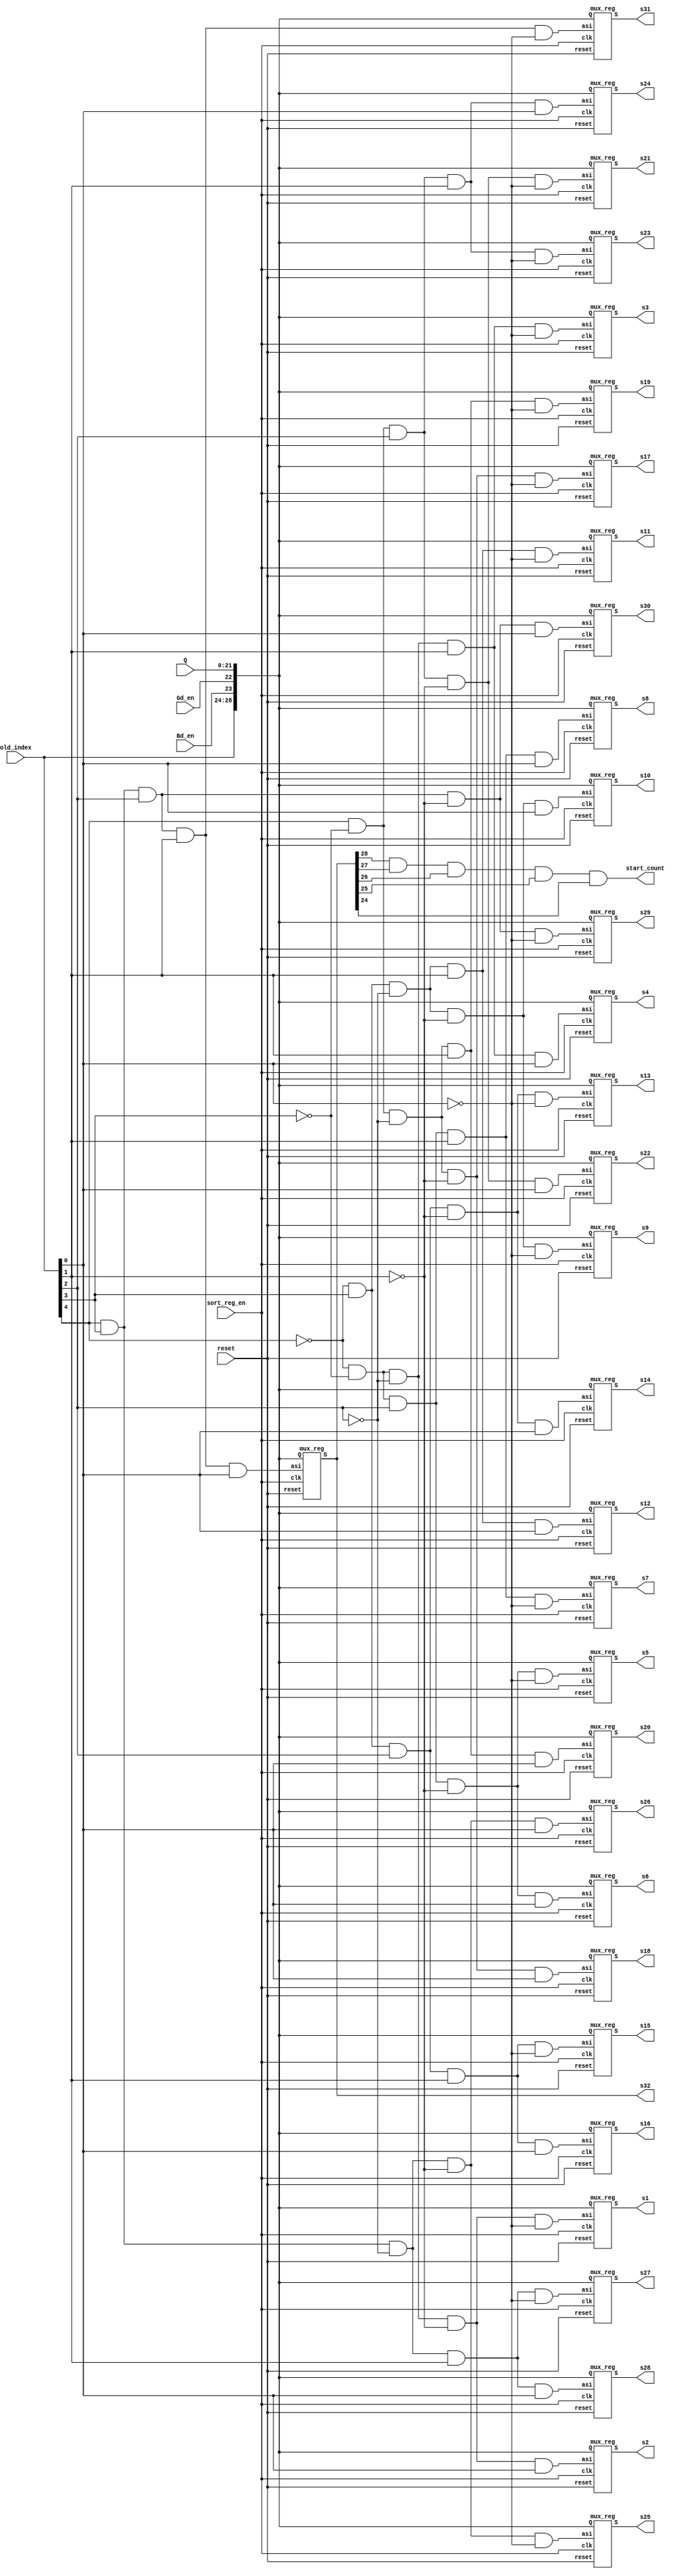
module sort_reg (old_index, Q, Gd_en, Bd_en, sort_reg_en, reset, s1, s2, s3, s4, s5, s6, s7, s8, s9, s10, s11, s12, s13, s14, s15, s16, s17, s18, s19, s20, s21, s22, s23, s24, s25, s26, s27, s28, s29, s30, s31, s32, start_count);

  input [4:0]  old_index;
  input Gd_en, Bd_en;
  input [21:0] Q;
  input sort_reg_en, reset;
  
  output [28:0] s1, s2, s3, s4, s5, s6, s7, s8, s9, s10, s11, s12, s13, s14, s15, s16, s17, s18, s19, s20, s21, s22, s23, s24, s25, s26, s27, s28, s29, s30, s31, s32;
  output start_count;

  wire [31:0] asi;
  wire [1:0] c;

  // decoder: average strength need to save at which place
  assign asi[0] =~old_index[4]&~old_index[3]&~old_index[2]&~old_index[1]&~old_index[0];
  assign asi[1] =~old_index[4]&~old_index[3]&~old_index[2]&~old_index[1]& old_index[0];
  assign asi[2] =~old_index[4]&~old_index[3]&~old_index[2]& old_index[1]&~old_index[0];
  assign asi[3] =~old_index[4]&~old_index[3]&~old_index[2]& old_index[1]& old_index[0];
  assign asi[4] =~old_index[4]&~old_index[3]& old_index[2]&~old_index[1]&~old_index[0];
  assign asi[5] =~old_index[4]&~old_index[3]& old_index[2]&~old_index[1]& old_index[0];
  assign asi[6] =~old_index[4]&~old_index[3]& old_index[2]& old_index[1]&~old_index[0];
  assign asi[7] =~old_index[4]&~old_index[3]& old_index[2]& old_index[1]& old_index[0];
  assign asi[8] =~old_index[4]& old_index[3]&~old_index[2]&~old_index[1]&~old_index[0];
  assign asi[9] =~old_index[4]& old_index[3]&~old_index[2]&~old_index[1]& old_index[0];
  assign asi[10]=~old_index[4]& old_index[3]&~old_index[2]& old_index[1]&~old_index[0];
  assign asi[11]=~old_index[4]& old_index[3]&~old_index[2]& old_index[1]& old_index[0];
  assign asi[12]=~old_index[4]& old_index[3]& old_index[2]&~old_index[1]&~old_index[0];
  assign asi[13]=~old_index[4]& old_index[3]& old_index[2]&~old_index[1]& old_index[0];
  assign asi[14]=~old_index[4]& old_index[3]& old_index[2]& old_index[1]&~old_index[0];
  assign asi[15]=~old_index[4]& old_index[3]& old_index[2]& old_index[1]& old_index[0];
  assign asi[16]= old_index[4]&~old_index[3]&~old_index[2]&~old_index[1]&~old_index[0];
  assign asi[17]= old_index[4]&~old_index[3]&~old_index[2]&~old_index[1]& old_index[0];
  assign asi[18]= old_index[4]&~old_index[3]&~old_index[2]& old_index[1]&~old_index[0];
  assign asi[19]= old_index[4]&~old_index[3]&~old_index[2]& old_index[1]& old_index[0];
  assign asi[20]= old_index[4]&~old_index[3]& old_index[2]&~old_index[1]&~old_index[0];
  assign asi[21]= old_index[4]&~old_index[3]& old_index[2]&~old_index[1]& old_index[0];
  assign asi[22]= old_index[4]&~old_index[3]& old_index[2]& old_index[1]&~old_index[0];
  assign asi[23]= old_index[4]&~old_index[3]& old_index[2]& old_index[1]& old_index[0];
  assign asi[24]= old_index[4]& old_index[3]&~old_index[2]&~old_index[1]&~old_index[0];
  assign asi[25]= old_index[4]& old_index[3]&~old_index[2]&~old_index[1]& old_index[0];
  assign asi[26]= old_index[4]& old_index[3]&~old_index[2]& old_index[1]&~old_index[0];
  assign asi[27]= old_index[4]& old_index[3]&~old_index[2]& old_index[1]& old_index[0];
  assign asi[28]= old_index[4]& old_index[3]& old_index[2]&~old_index[1]&~old_index[0];
  assign asi[29]= old_index[4]& old_index[3]& old_index[2]&~old_index[1]& old_index[0];
  assign asi[30]= old_index[4]& old_index[3]& old_index[2]& old_index[1]&~old_index[0];
  assign asi[31]= old_index[4]& old_index[3]& old_index[2]& old_index[1]& old_index[0];
  
  assign c[0]=Gd_en;
  assign c[1]=Bd_en;

  // enable=1 -> A(new strength) | enable=0 -> B(old strength)
  mux_reg a1({old_index, c, Q}, asi[0], sort_reg_en, reset, s1);
  mux_reg a2({old_index, c, Q}, asi[1], sort_reg_en, reset, s2);
  mux_reg a3({old_index, c, Q}, asi[2], sort_reg_en, reset, s3);
  mux_reg a4({old_index, c, Q}, asi[3], sort_reg_en, reset, s4);
  mux_reg a5({old_index, c, Q}, asi[4], sort_reg_en, reset, s5);
  mux_reg a6({old_index, c, Q}, asi[5], sort_reg_en, reset, s6);
  mux_reg a7({old_index, c, Q}, asi[6], sort_reg_en, reset, s7);
  mux_reg a8({old_index, c, Q}, asi[7], sort_reg_en, reset, s8);
  mux_reg a9({old_index, c, Q}, asi[8], sort_reg_en, reset, s9);
  mux_reg a10({old_index, c, Q}, asi[9], sort_reg_en, reset, s10);
  mux_reg a11({old_index, c, Q}, asi[10], sort_reg_en, reset, s11);
  mux_reg a12({old_index, c, Q}, asi[11], sort_reg_en, reset, s12);
  mux_reg a13({old_index, c, Q}, asi[12], sort_reg_en, reset, s13);
  mux_reg a14({old_index, c, Q}, asi[13], sort_reg_en, reset, s14);
  mux_reg a15({old_index, c, Q}, asi[14], sort_reg_en, reset, s15);
  mux_reg a16({old_index, c, Q}, asi[15], sort_reg_en, reset, s16);
  mux_reg a17({old_index, c, Q}, asi[16], sort_reg_en, reset, s17);
  mux_reg a18({old_index, c, Q}, asi[17], sort_reg_en, reset, s18);
  mux_reg a19({old_index, c, Q}, asi[18], sort_reg_en, reset, s19);
  mux_reg a20({old_index, c, Q}, asi[19], sort_reg_en, reset, s20);
  mux_reg a21({old_index, c, Q}, asi[20], sort_reg_en, reset, s21);
  mux_reg a22({old_index, c, Q}, asi[21], sort_reg_en, reset, s22);
  mux_reg a23({old_index, c, Q}, asi[22], sort_reg_en, reset, s23);
  mux_reg a24({old_index, c, Q}, asi[23], sort_reg_en, reset, s24);
  mux_reg a25({old_index, c, Q}, asi[24], sort_reg_en, reset, s25);
  mux_reg a26({old_index, c, Q}, asi[25], sort_reg_en, reset, s26);
  mux_reg a27({old_index, c, Q}, asi[26], sort_reg_en, reset, s27);
  mux_reg a28({old_index, c, Q}, asi[27], sort_reg_en, reset, s28);
  mux_reg a29({old_index, c, Q}, asi[28], sort_reg_en, reset, s29);
  mux_reg a30({old_index, c, Q}, asi[29], sort_reg_en, reset, s30);
  mux_reg a31({old_index, c, Q}, asi[30], sort_reg_en, reset, s31);
  mux_reg a32({old_index, c, Q}, asi[31], sort_reg_en, reset, s32);
  
  assign start_count=(s32[28]&s32[27]&s32[26]&s32[25]&s32[24]);

endmodule

module mux_reg (Q, asi, clk, reset, S);

  input [28:0] Q;
  input asi, clk, reset;
  output [28:0] S;
  
  wire [28:0] S, result, old_avg;

  mux2_1x29 m1(Q, S, asi, result);
  Dff29 dff1(result, clk, reset, S);
    
endmodule 
  
// 29-bits mux2_1
// enable=1 -> A(new strength) | enable=0 -> B(old strength)
module mux2_1x29 (A, B, enable, result);
  input [28:0] A, B;
  input enable;
  
  output [28:0] result;
  
  // enable=1 -> A(new strength) | enable=0 -> B(old strength)
  assign result[28]=enable?A[28]:B[28];
  assign result[27]=enable?A[27]:B[27];
  assign result[26]=enable?A[26]:B[26];
  assign result[25]=enable?A[25]:B[25];
  assign result[24]=enable?A[24]:B[24];
  assign result[23]=enable?A[23]:B[23];
  assign result[22]=enable?A[22]:B[22];
  assign result[21]=enable?A[21]:B[21];
  assign result[20]=enable?A[20]:B[20];
  assign result[19]=enable?A[19]:B[19];
  assign result[18]=enable?A[18]:B[18];
  assign result[17]=enable?A[17]:B[17];
  assign result[16]=enable?A[16]:B[16];
  assign result[15]=enable?A[15]:B[15];
  assign result[14]=enable?A[14]:B[14];
  assign result[13]=enable?A[13]:B[13];
  assign result[12]=enable?A[12]:B[12];
  assign result[11]=enable?A[11]:B[11];
  assign result[10]=enable?A[10]:B[10];
  assign result[9]=enable?A[9]:B[9];
  assign result[8]=enable?A[8]:B[8];
  assign result[7]=enable?A[7]:B[7];
  assign result[6]=enable?A[6]:B[6];
  assign result[5]=enable?A[5]:B[5];
  assign result[4]=enable?A[4]:B[4];
  assign result[3]=enable?A[3]:B[3];
  assign result[2]=enable?A[2]:B[2];
  assign result[1]=enable?A[1]:B[1];
  assign result[0]=enable?A[0]:B[0];
  
endmodule

// 29 bits D flip-flop with reset
module Dff29 (in, clk, reset, out);
  input [28:0] in;
  input clk, reset;
  
  output [28:0] out;
  
  Dff d28(out[28], in[28], clk, reset);
  Dff d27(out[27], in[27], clk, reset);
  Dff d26(out[26], in[26], clk, reset);
  Dff d25(out[25], in[25], clk, reset);
  Dff d24(out[24], in[24], clk, reset);
  Dff d23(out[23], in[23], clk, reset);
  Dff d22(out[22], in[22], clk, reset);
  Dff d21(out[21], in[21], clk, reset);
  Dff d20(out[20], in[20], clk, reset);
  Dff d19(out[19], in[19], clk, reset);
  Dff d18(out[18], in[18], clk, reset);
  Dff d17(out[17], in[17], clk, reset);
  Dff d16(out[16], in[16], clk, reset);
  Dff d15(out[15], in[15], clk, reset);
  Dff d14(out[14], in[14], clk, reset);
  Dff d13(out[13], in[13], clk, reset);
  Dff d12(out[12], in[12], clk, reset);
  Dff d11(out[11], in[11], clk, reset);
  Dff d10(out[10], in[10], clk, reset);
  Dff d9(out[9], in[9], clk, reset);
  Dff d8(out[8], in[8], clk, reset);
  Dff d7(out[7], in[7], clk, reset);
  Dff d6(out[6], in[6], clk, reset);
  Dff d5(out[5], in[5], clk, reset);
  Dff d4(out[4], in[4], clk, reset);
  Dff d3(out[3], in[3], clk, reset);
  Dff d2(out[2], in[2], clk, reset);
  Dff d1(out[1], in[1], clk, reset);
  Dff d0(out[0], in[0], clk, reset);
   
endmodule 

// 1 bit D flip-flop with reset
module Dff (Q, D, clk, reset);
  input D, clk, reset;
  output reg Q;
  wire rst;
  
  not n1(rst, reset);
  
  always@(posedge clk, negedge rst)
  if (!rst)    //same as if (rst==0)
    Q <= 1'b0;   
  else 
    Q <= D;                                      
endmodule